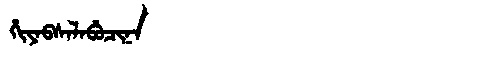
Manchu: ᡥᡳᠶᠠᠪᠰᠠᠯᠠᠪᡠᠴᡳᠨᠠ
Romanization: HIYABSALABUCINA